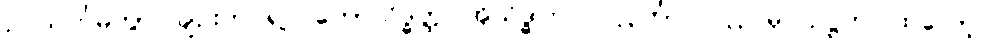
ဥပသင်္ကမိတွာ၊ ချဉ်းကပ်၍။ ဘောသိဒ္ဓတ္ထ၊ အိုသိဒ္ဓါတ်။ ပလ္လင်္ကာ၊ ပလ္လင်မှ။ ဥဋ္ဌဟ၊ ထလော့။